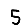
Digit: 5